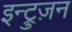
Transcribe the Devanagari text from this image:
इन्ट्रुज़न